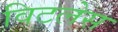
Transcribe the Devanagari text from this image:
विटलेस